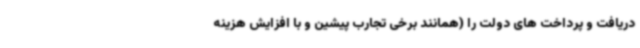
دریافت و پرداخت های دولت را (همانند برخی تجارب پیشین و با افزایش هزینه